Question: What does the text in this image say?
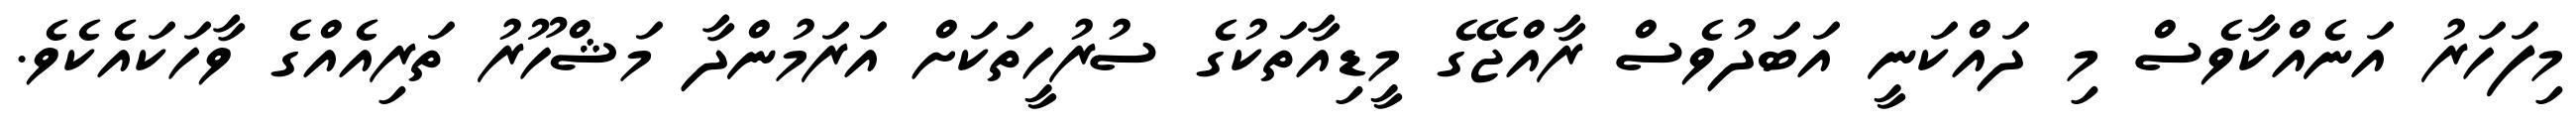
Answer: މިފަހަރު އަނެއްކާވެސް މި ދައްކަނީ އަބަދުވެސް ރާއްޖޭގެ މީޑިއާތަކުގެ ސުރުހީތަކަށް އަރަމުންދާ މަޝްހޫރު ތަރިއެއްގެ ވާހަކައެކެވެ.